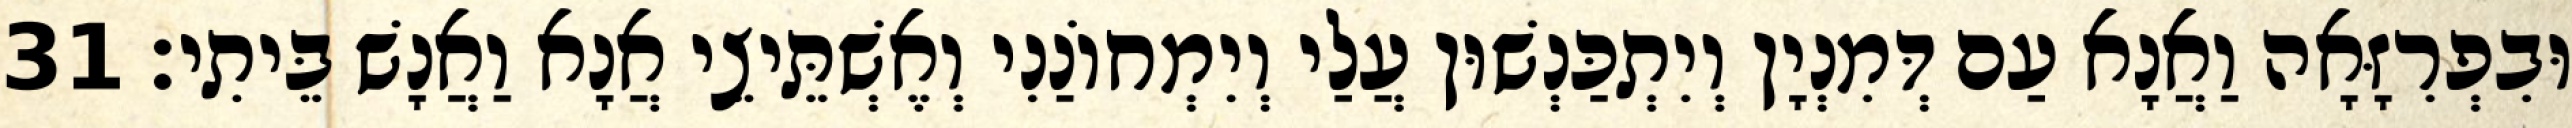
וּבִפְרִזָּאָה וַאֲנָא עַם דְּמִנְיָן וְיִתְכַּנְשׁוּן עֲלַי וְיִמְחוֹנַנִי וְאֶשְׁתֵּיצֵי אֲנָא וַאֲנָשׁ בֵּיתִי׃ 31